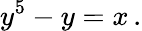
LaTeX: y^{5}-y=x\, .